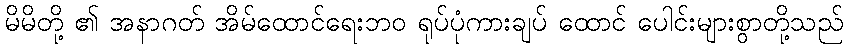
မိမိတို့ ၏ အနာဂတ် အိမ်ထောင်ရေးဘဝ ရုပ်ပုံကားချပ် ထောင် ပေါင်းများစွာတို့သည်